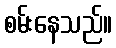
စမ်းနေသည်။